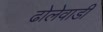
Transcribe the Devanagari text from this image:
ढोलेवाडी